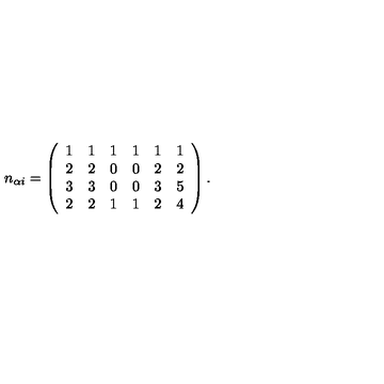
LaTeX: n _ { \alpha i } = \left( \begin{array} { c c c c c c } { 1 } & { 1 } & { 1 } & { 1 } & { 1 } & { 1 } \\ { 2 } & { 2 } & { 0 } & { 0 } & { 2 } & { 2 } \\ { 3 } & { 3 } & { 0 } & { 0 } & { 3 } & { 5 } \\ { 2 } & { 2 } & { 1 } & { 1 } & { 2 } & { 4 } \\ \end{array} \right) .